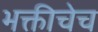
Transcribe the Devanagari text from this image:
भक्तीचेच